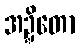
အဍ္ဍိတော